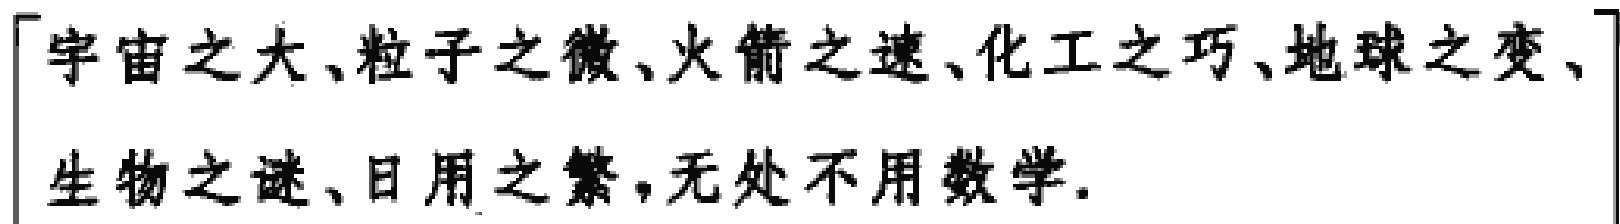
「宇宙之大、粒子之微、火箭之速、化工之巧、地球之变、生物之谜、日用之繁，无处不用数学.」